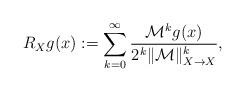
LaTeX: \begin{align*}R_{X}g(x):=\sum_{k=0}^\infty\frac{\mathcal{M}^kg(x)}{2^k\|\mathcal{M}\|^k_{X\to X}},\end{align*}